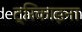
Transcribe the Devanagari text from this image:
ट्रिकाइना